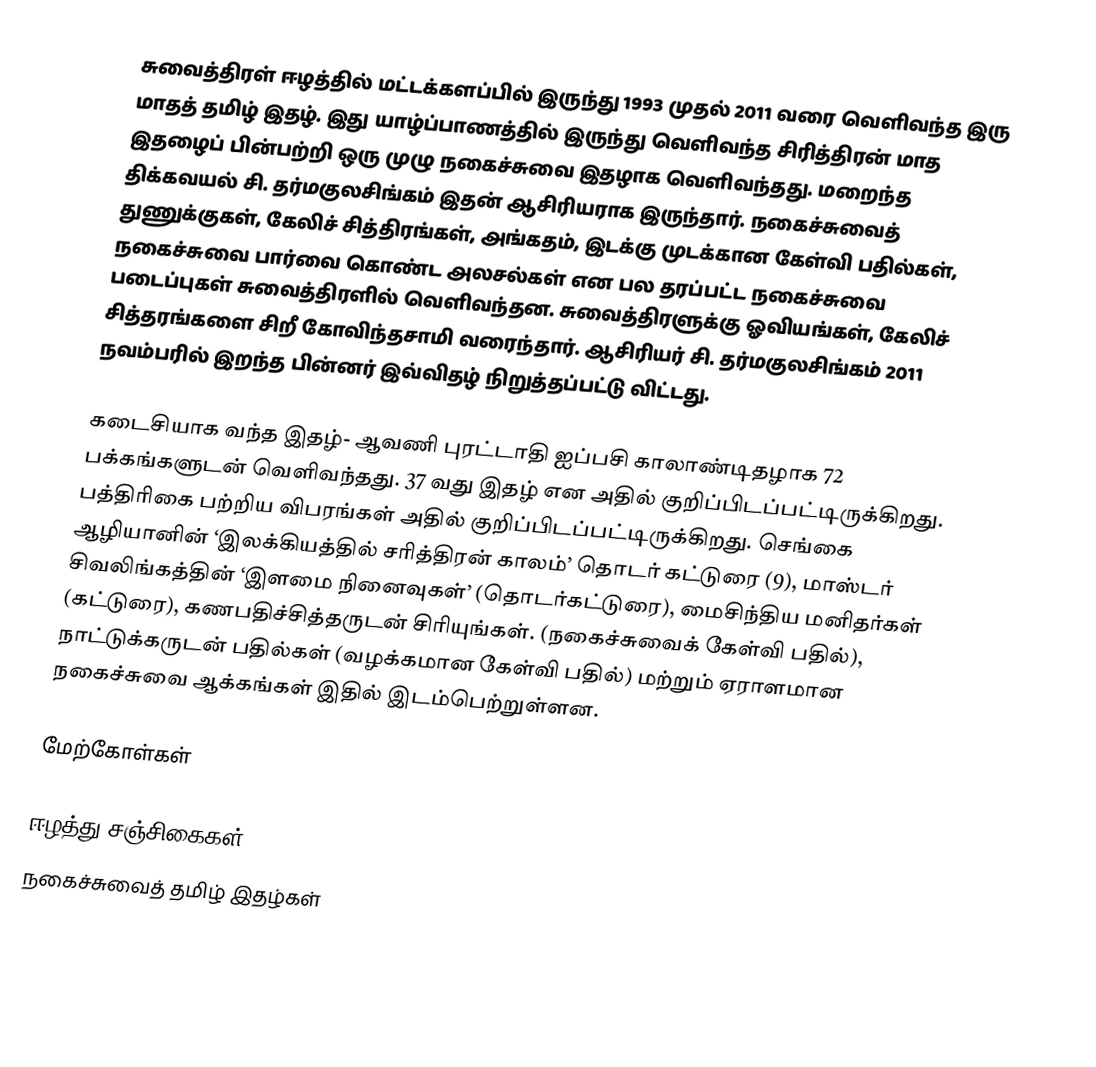
சுவைத்திரள் ஈழத்தில் மட்டக்களப்பில் இருந்து 1993 முதல் 2011 வரை வெளிவந்த இரு மாதத் தமிழ் இதழ். இது யாழ்ப்பாணத்தில் இருந்து வெளிவந்த சிரித்திரன் மாத இதழைப் பின்பற்றி ஒரு முழு நகைச்சுவை இதழாக வெளிவந்தது. மறைந்த திக்கவயல் சி. தர்மகுலசிங்கம் இதன் ஆசிரியராக இருந்தார். நகைச்சுவைத் துணுக்குகள், கேலிச் சித்திரங்கள், அங்கதம், இடக்கு முடக்கான கேள்வி பதில்கள், நகைச்சுவை பார்வை கொண்ட அலசல்கள் என பல தரப்பட்ட நகைச்சுவை படைப்புகள் சுவைத்திரளில் வெளிவந்தன. சுவைத்திரளுக்கு ஓவியங்கள், கேலிச் சித்தரங்களை சிறீ கோவிந்தசாமி வரைந்தார். ஆசிரியர் சி. தர்மகுலசிங்கம் 2011 நவம்பரில் இறந்த பின்னர் இவ்விதழ் நிறுத்தப்பட்டு விட்டது.

கடைசியாக வந்த இதழ்- ஆவணி புரட்டாதி ஐப்பசி காலாண்டிதழாக 72 பக்கங்களுடன் வெளிவந்தது. 37 வது இதழ் என அதில் குறிப்பிடப்பட்டிருக்கிறது. பத்திரிகை பற்றிய விபரங்கள் அதில் குறிப்பிடப்பட்டிருக்கிறது. செங்கை ஆழியானின் ‘இலக்கியத்தில் சரித்திரன் காலம்’ தொடர் கட்டுரை (9), மாஸ்டர் சிவலிங்கத்தின் ‘இளமை நினைவுகள்’ (தொடர்கட்டுரை), மைசிந்திய மனிதர்கள் (கட்டுரை), கணபதிச்சித்தருடன் சிரியுங்கள். (நகைச்சுவைக் கேள்வி பதில்), நாட்டுக்கருடன் பதில்கள் (வழக்கமான கேள்வி பதில்) மற்றும் ஏராளமான நகைச்சுவை ஆக்கங்கள் இதில் இடம்பெற்றுள்ளன.

மேற்கோள்கள்

ஈழத்து சஞ்சிகைகள்
நகைச்சுவைத் தமிழ் இதழ்கள்